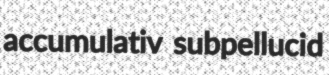
accumulativ subpellucid